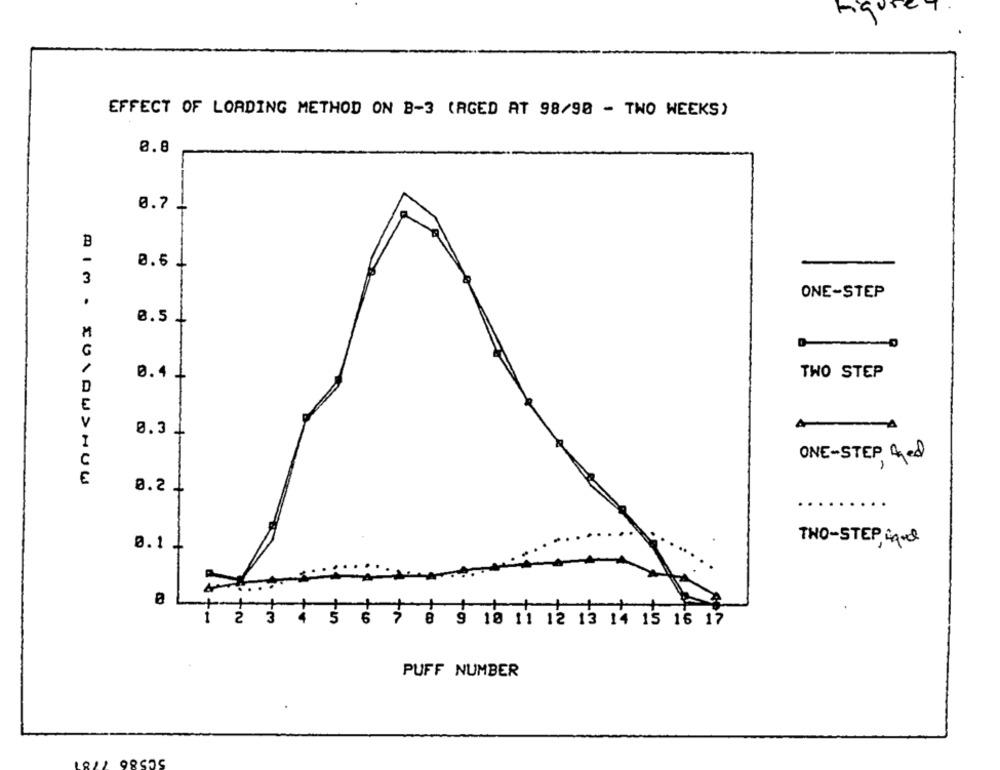
Figure
EFFECT OF LORDING METHOD ON B-3 (RGED AT 98/90 - TWO WEEKS)
0.8
0.7 -
B
0.6 +
3
ONE-STEP
0.5 +
M
0.4 +
TWO STEP
D
€
V
0.3
4
I
C
ONE-STEP fed
€
0.2 +
0.1
TWO-STEP, hand
2
3
6 7 8 9 18 11 12 13 14 15 16 17
PUFF NUMBER
5C586